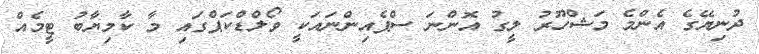
ދުނިޔޭގެ އެންމެ މަޝްހޫރު ލީގު އޮންނަ ސްޕެއިންނައަކީ ވޯލްޑްކަޕްގައި މާ ކާމިޔާބު ޓީމެއް